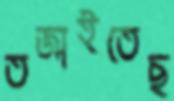
তর্জাইতেছ